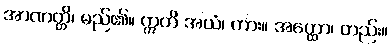
အာဏတ္တိ၊ မည်၏။ ဣတိ အယံ၊ ကား။ အတ္ထော၊ တည်း။